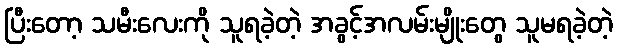
ပြီးတော့ သမီးလေးကို သူရခဲ့တဲ့ အခွင့်အလမ်းမျိုးတွေ သူမရခဲ့တဲ့